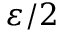
\varepsilon / 2